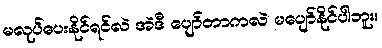
မလုပ်ပေးနိုင်ရင်လဲ အဲဒီ ပျော်တာကလဲ မပျော်နိုင်ပါဘူး။